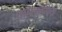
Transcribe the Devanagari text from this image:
अपरूपित